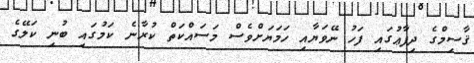
ޤާސިމްގެ ދިފާޢުގައި ފަހު ނޭވަޔާއި ހަމަޔަށްވެސް މަސައްކަތް ކުރާނެ ކަމުގައި ބުނި ކަލޭގެ